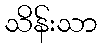
သိန်းသာ